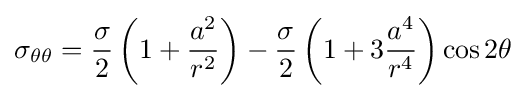
\sigma _{\theta \theta }={\frac {\sigma }{2}}\left(1+{\frac {a^{2}}{r^{2}}}\right)-{\frac {\sigma }{2}}\left(1+3{\frac {a^{4}}{r^{4}}}\right)\cos 2\theta